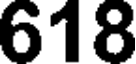
618